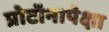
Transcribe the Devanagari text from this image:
प्रोटॉनापेक्षा